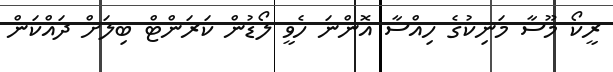
ރީކޯ މޫސާ މަނިކުގެ ހިއްސާ އޮންނަ ހެވީ ލޯޑުން ކަރަންޓް ބިލަށް ދައްކަން